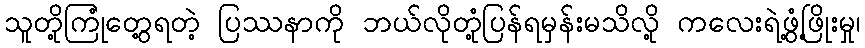
သူတို့ကြုံတွေ့ရတဲ့ ပြဿနာကို ဘယ်လိုတုံ့ပြန်ရမှန်းမသိလို့ ကလေးရဲ့ဖွံ့ဖြိုးမှု၊